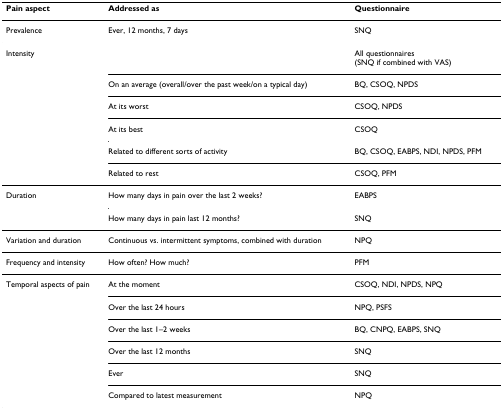
<table><thead><tr><td><b>Pain aspect</b></td><td><b>Addressed as</b></td><td><b>Questionnaire</b></td></tr></thead><tbody><tr><td>Prevalence</td><td>Ever, 12 months, 7 days</td><td>SNQ</td></tr><tr><td>Intensity</td><td></td><td>All questionnaires(SNQ if combined with VAS)</td></tr><tr><td></td><td>On an average (overall/over the past week/on a typical day)</td><td>BQ, CSOQ, NPDS</td></tr><tr><td></td><td>At its worst</td><td>CSOQ, NPDS</td></tr><tr><td></td><td>At its best</td><td>CSOQ</td></tr><tr><td></td><td>Related to different sorts of activity</td><td>BQ, CSOQ, EABPS, NDI, NPDS, PFM</td></tr><tr><td></td><td>Related to rest</td><td>CSOQ, PFM</td></tr><tr><td>Duration</td><td>How many days in pain over the last 2 weeks?</td><td>EABPS</td></tr><tr><td></td><td>How many days in pain last 12 months?</td><td>SNQ</td></tr><tr><td>Variation and duration</td><td>Continuous vs. intermittent symptoms, combined with duration</td><td>NPQ</td></tr><tr><td>Frequency and intensity</td><td>How often? How much?</td><td>PFM</td></tr><tr><td>Temporal aspects of pain</td><td>At the moment</td><td>CSOQ, NDI, NPDS, NPQ</td></tr><tr><td></td><td>Over the last 24 hours</td><td>NPQ, PSFS</td></tr><tr><td></td><td>Over the last 1–2 weeks</td><td>BQ, CNPQ, EABPS, SNQ</td></tr><tr><td></td><td>Over the last 12 months</td><td>SNQ</td></tr><tr><td></td><td>Ever</td><td>SNQ</td></tr><tr><td></td><td>Compared to latest measurement</td><td>NPQ</td></tr></tbody></table>